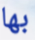
بها